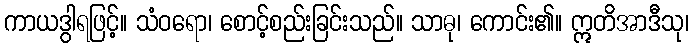
ကာယဒွါရဖြင့်။ သံဝရော၊ စောင့်စည်းခြင်းသည်။ သာဓု၊ ကောင်း၏။ ဣတိအာဒီသု၊